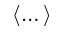
\langle \dots \rangle